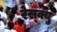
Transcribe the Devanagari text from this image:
रेस्क्यु